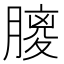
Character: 𦟨